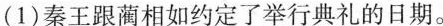
(1)秦王跟蔺相如约定了举行典礼的日期。